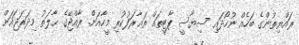
ރައްޔިތުންގެ ބަހެއް ނުހޯދައި ސިޔާސީ ޕާޓީތައް ތަޢާރަފުކުރި މީހާއަށް. ރާއްޖޭގެ ޙާލަތު މިދަރަޖައަށް